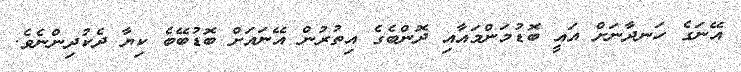
އޭނަގެ ހަނދާނަށް އައީ ބޮޑުމަންމައާއި ދޮންބެގެ އިތުރުން އޭނައަށް ބޮޑުބޭބެ ކިޔާ ދެކުދިންނެވެ.